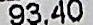
93.40